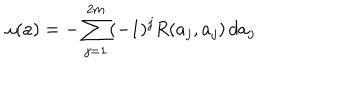
\omega ( a ) = - \sum _ { j = 1 } ^ { 2 m } ( - 1 ) ^ { j } R ( a _ { j } , a _ { j } ) \, d a _ { j }